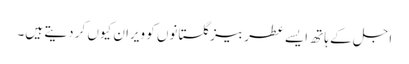
اجل کے ہاتھ ایسے عطر بیز گلستانوں کو ویران کیوں کر دیتے ہیں۔